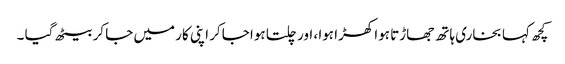
کچھ کہا بخاری ہاتھ جھاڑتا ہوا کھڑا ہوا ، اور چلتا ہوا جاکر اپنی کار میں جا کر بیٹھ گیا ۔